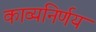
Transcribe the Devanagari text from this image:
काव्यनिर्णय